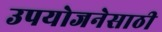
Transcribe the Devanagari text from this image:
उपयोजनेसाठी